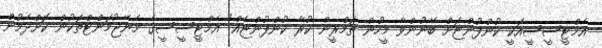
އެމްޓީސީސީއަކީ ކުންފުންޏަށް ބޭނުންވާ މީހުން ތަމްރީން ކުރާ ކުންފުންޏެއް" އެމްޓީސީސީގެ މެނޭޖުމަންޓްތަކުން ކޮށްދެމުން